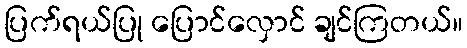
ပြက်ရယ်ပြု ပြောင်လှောင် ချင်ကြတယ်။